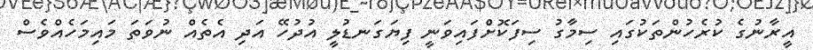
އީރާނުގެ ކުރެހުންތަކުގައި ސިމާގު ސިފަކޮށްފައިވަނީ ފިޔަގަނޑުލީ އުދުހޭ އަދި އެތެއް ނުވަތަ މައިމަހެއްވެސް